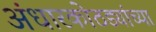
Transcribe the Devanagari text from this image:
अंधारकोठड्यांच्या